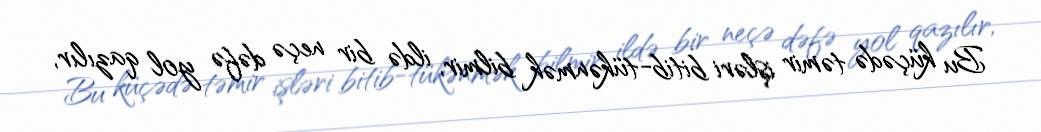
Bu küçədə təmir işləri bitib-tükənmək bilmir, ildə bir neçə dəfə yol qazılır,